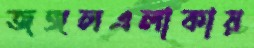
জঙ্গলএলাকায়